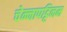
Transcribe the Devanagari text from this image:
चेन्नापट्टिनम